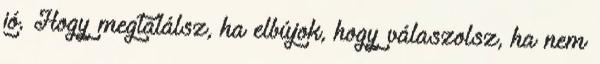
jó. Hogy megtalálsz, ha elbújok, hogy válaszolsz, ha nem